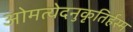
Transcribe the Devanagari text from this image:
ओमत्येदनुकृतिर्हस्म